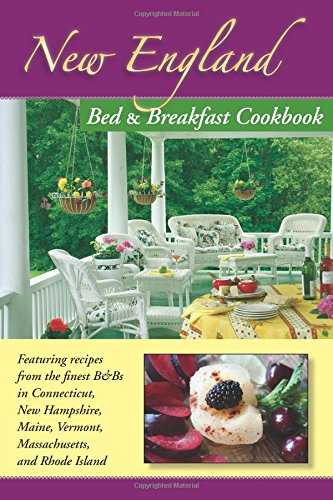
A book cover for New England Bed & Breakfast Cookbook; Editor; Travel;